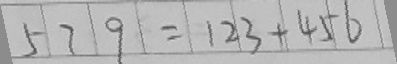
5 7 9 = 1 2 3 + 4 5 6